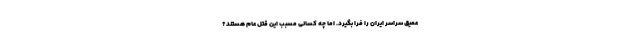
عمیق سراسر ایران را فرا بگیرد. اما چه کسانی مسبب این قتل عام هستند؟